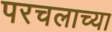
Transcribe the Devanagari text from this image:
परचलाच्या